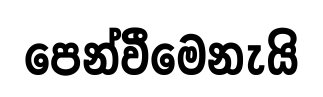
පෙන්වීමෙනැයි